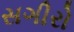
સગીરો